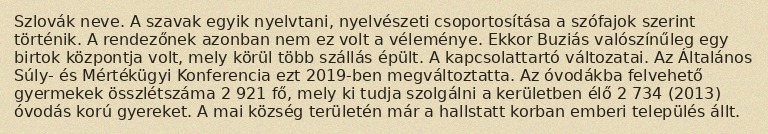
Szlovák neve. A szavak egyik nyelvtani, nyelvészeti csoportosítása a szófajok szerint történik. A rendezőnek azonban nem ez volt a véleménye. Ekkor Buziás valószínűleg egy birtok központja volt, mely körül több szállás épült. A kapcsolattartó változatai. Az Általános Súly- és Mértékügyi Konferencia ezt 2019-ben megváltoztatta. Az óvodákba felvehető gyermekek összlétszáma 2 921 fő, mely ki tudja szolgálni a kerületben élő 2 734 (2013) óvodás korú gyereket. A mai község területén már a hallstatt korban emberi település állt.